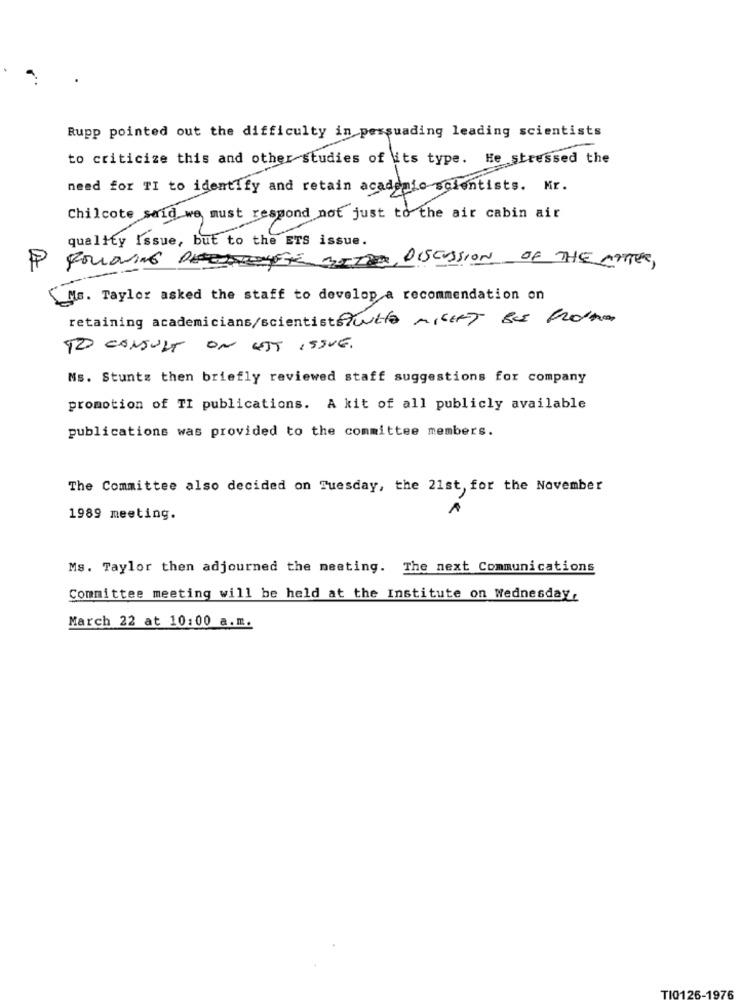
Rupp pointed out the difficulty in persuading leading scientists
to criticize this and other studies of its type. He stressed the
need for TI to identify and retain academic scientists. Mr.
Chilcote said we must respond not just to the air cabin air
quality Issue, but to the ETS issue.
FOLLOWING RECHTTHE NOTOR, DISCUSSION OF THE MATTER,
Ms. Taylor asked the staff to develop a recommendation on
retaining academicians/scientistswho MIGHT BE Fol
TO CONSULT ON EST ISSUE.
Ns. Stuntz then briefly reviewed staff suggestions for company
promotion of TI publications. A kit of all publicly available
publications was provided to the committee members.
The Committee also decided on Tuesday, the 21st, for the November
1989 meeting.
Ms. Taylor then adjourned the meeting. The next Communications
Committee meeting will be held at the Institute on Wednesday,
March 22 at 10:00 a.m.
TIO1